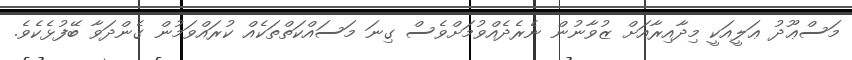
މަސްޢޫދު ޢަލީއަކީ މިދާއިރާއަށް ޒުވާނުން ނެރެދެއްވުމަށްވެސް ގިނަ މަސައްކަތްތަކެއް ކުރައްވަމުން ގެންދަވާ ބޭފުޅެކެވެ.